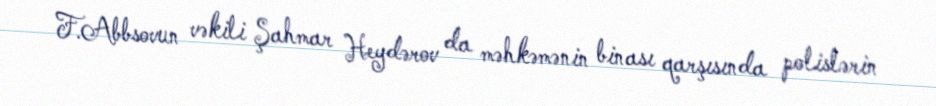
F.Abbsovun vəkili Şahmar Heydərov da məhkəmənin binası qarşısında polislərin